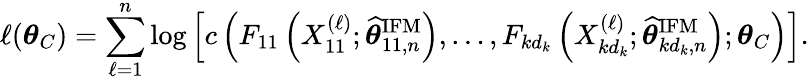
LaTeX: \ell(\boldsymbol{\theta}_{C})=\sum_{\ell=1}^{n}\log\left[c\left(F_{11}\left(X_{11}^{(\ell)};\widehat{\boldsymbol{\theta}}_{11,n}^{\mathrm{IFM}}\right),\dots,F_{kd_{k}}\left(X_{kd_{k}}^{(\ell)};\widehat{\boldsymbol{\theta}}_{kd_{k},n}^{\mathrm{IFM}}\right);\boldsymbol{\theta}_{C}\right)\right].